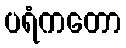
ပရံကတော